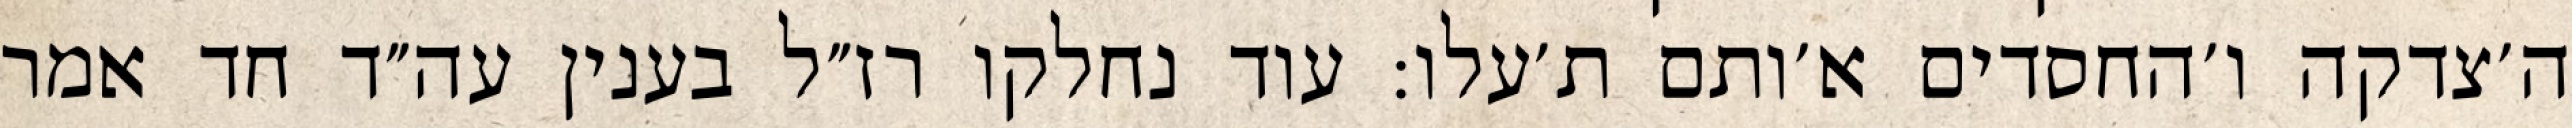
ה׳צדקה ו׳החסדים א׳ותם ת׳עלו: עוד נחלקו רז״ל בענין עה״ד חד אמר